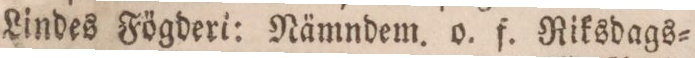
Nora o. Lindes Fögderi: Nämndem. o. f. Riksdags=